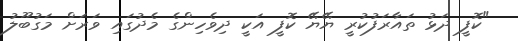
"ކޮފީ ދަޅު ތައާރަފުކުރީ ޔޭޔޭ ކޮފީ އަކީ ދިވެހިންގެ މެދުގައި ވަރަށް މަގުބޫލު